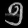
Digit: ၅